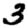
Digit: 3